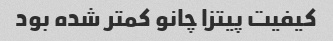
کیفیت پیتزا چانو کمتر شده بود